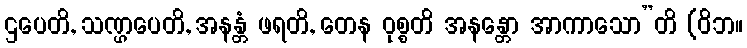
ဌပေတိ, သဏ္ဌပေတိ, အနန္တံ ဖရတိ, တေန ဝုစ္စတိ အနန္တော အာကာသော”တိ (ဝိဘ။